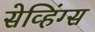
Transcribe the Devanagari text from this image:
सेव्हिंग्स